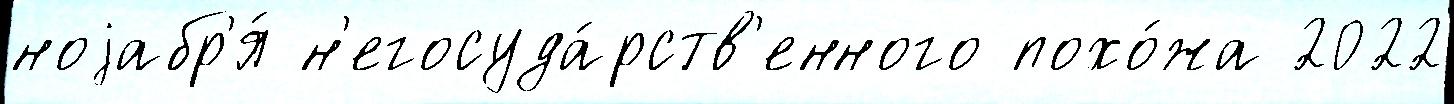
ноjабр'я́ н'егосуда́рств'енного похо́жа 2022